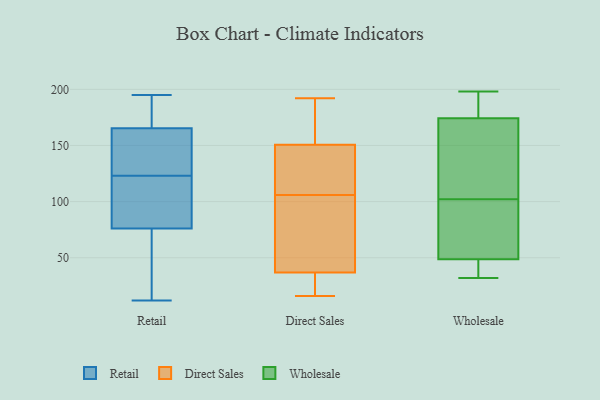
{"axis": {"x": "Humidity (%)", "y": "Value"}, "legend": ["Direct Sales", "Retail", "Wholesale"], "data": [{"x": "", "y": 123, "type": "Retail"}, {"x": "", "y": 111, "type": "Retail"}, {"x": "", "y": 150, "type": "Retail"}, {"x": "", "y": 81, "type": "Retail"}, {"x": "", "y": 195, "type": "Retail"}, {"x": "", "y": 61, "type": "Retail"}, {"x": "", "y": 12, "type": "Retail"}, {"x": "", "y": 144, "type": "Retail"}, {"x": "", "y": 184, "type": "Retail"}, {"x": "", "y": 14, "type": "Retail"}, {"x": "", "y": 57, "type": "Retail"}, {"x": "", "y": 112, "type": "Retail"}, {"x": "", "y": 187, "type": "Retail"}, {"x": "", "y": 159, "type": "Retail"}, {"x": "", "y": 93, "type": "Retail"}, {"x": "", "y": 185, "type": "Retail"}, {"x": "", "y": 136, "type": "Retail"}, {"x": "", "y": 106, "type": "Direct Sales"}, {"x": "", "y": 74, "type": "Direct Sales"}, {"x": "", "y": 171, "type": "Direct Sales"}, {"x": "", "y": 45, "type": "Direct Sales"}, {"x": "", "y": 34, "type": "Direct Sales"}, {"x": "", "y": 152, "type": "Direct Sales"}, {"x": "", "y": 116, "type": "Direct Sales"}, {"x": "", "y": 16, "type": "Direct Sales"}, {"x": "", "y": 28, "type": "Direct Sales"}, {"x": "", "y": 147, "type": "Direct Sales"}, {"x": "", "y": 192, "type": "Direct Sales"}, {"x": "", "y": 181, "type": "Wholesale"}, {"x": "", "y": 32, "type": "Wholesale"}, {"x": "", "y": 189, "type": "Wholesale"}, {"x": "", "y": 35, "type": "Wholesale"}, {"x": "", "y": 82, "type": "Wholesale"}, {"x": "", "y": 154, "type": "Wholesale"}, {"x": "", "y": 151, "type": "Wholesale"}, {"x": "", "y": 102, "type": "Wholesale"}, {"x": "", "y": 198, "type": "Wholesale"}, {"x": "", "y": 33, "type": "Wholesale"}, {"x": "", "y": 197, "type": "Wholesale"}, {"x": "", "y": 82, "type": "Wholesale"}, {"x": "", "y": 42, "type": "Wholesale"}, {"x": "", "y": 69, "type": "Wholesale"}, {"x": "", "y": 143, "type": "Wholesale"}]}